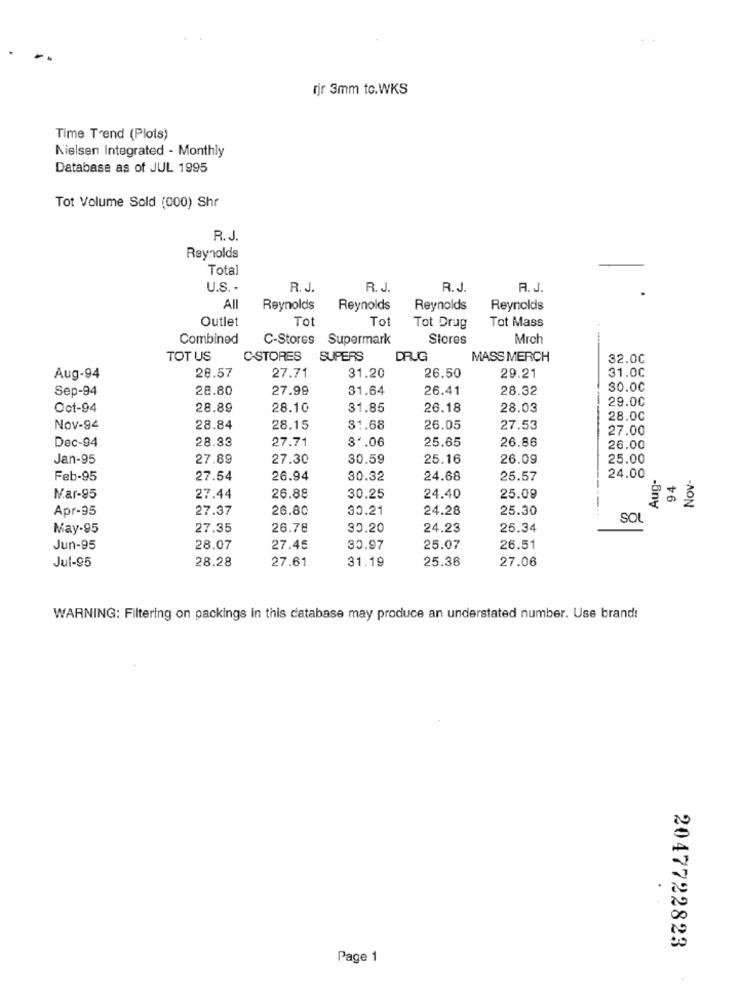
rir 3mm to.WKS
Time Trend (Plots)
Nielsen Integrated - Monthly
Database as of JUL 1995
Tot Volume Sold (000) Shr
R.J
Reynolds
Total
U.S. -
R. J.
R. J.
R.J.
A. J.
All
Reynolds
Reynolds
Reynolds
Reynolds
Outlet
To
Tot
Tot Mass
Tot Drug
Combined
C-Stores
Supermark
Stores
Mrch
TOT US
C-STORES
SUPERS
DRUG
MASS MERCH
32.00
28.57
31.00
Aug-94
27.71
31.20
26.50
29.21
Sep-94
28.80
27.99
31.64
26.41
28.32
30.00
29.00
Oct-94
28.89
28.10
31.85
26.18
28.03
28.00
Nov-94
28.84
28.15
31.68
26.05
27.53
27.00
28.33
27.71
34.06
25.65
26.86
Dec-94
26.00
Jan-95
27.89
27.30
30.59
25.16
26.09
25.00
Aug-
Nov-
Feb-95
27.54
26.94
30.32
24.68
25.57
24.00
94
26.88
25.09
Nar-95
27.44
30.25
24.40
Apr-95
27.37
26.80
30.21
24.28
25.30
SOL
May-95
27.35
26.78
30.20
24.23
25.34
Jun-95
28.07
27.45
30.97
25.07
26.51
Jul-95
28.28
27.61
31.19
25.36
27.06
WARNING: Filtering on packings in this database may produce an understated number. Use brandt
2047722823
Page 1